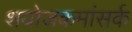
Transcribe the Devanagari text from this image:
शयोजकमांसर्क